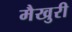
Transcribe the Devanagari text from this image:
मैखुरी